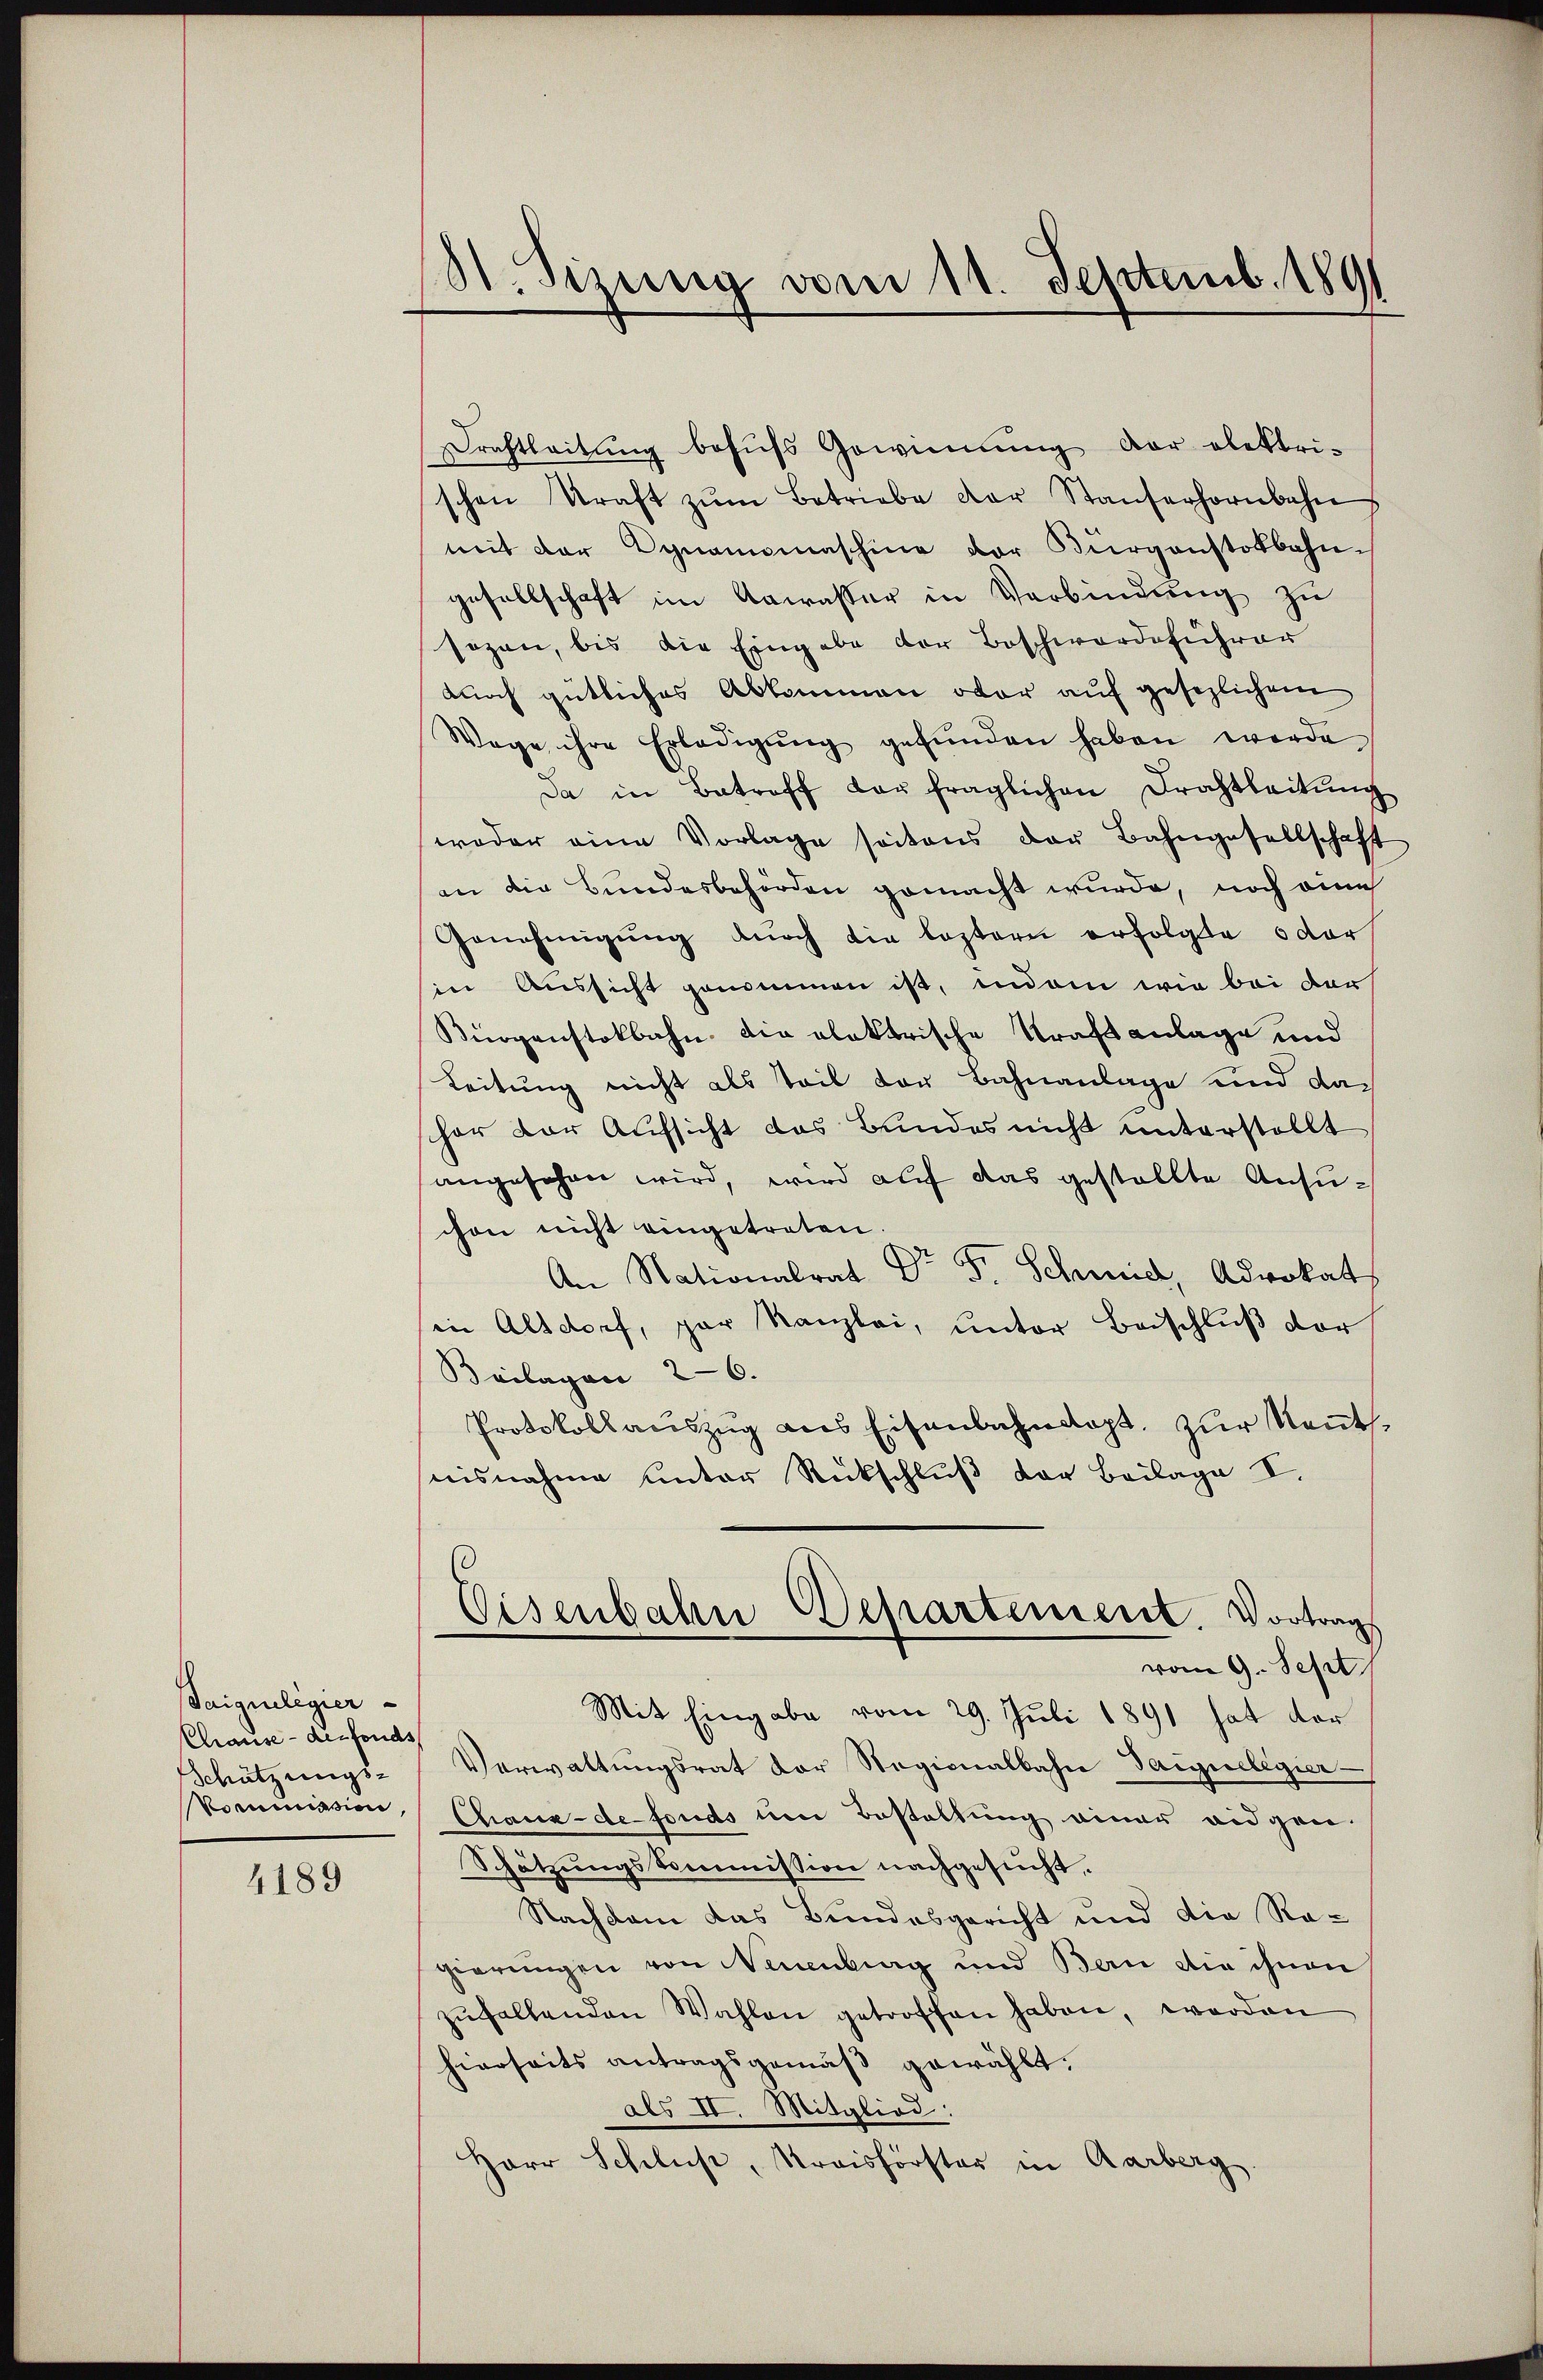
Saigueligier
Chause - des fonds
Schätzungs-
Kommission

4189

8t. Sizung vom 11. Septemb. 1891

Drahtleitŭng behŭfs Gewinnung der elektri-
schen Kraft zŭm Betriebe der Staŭferhornbahn
mit der Dynamimaschine der Bürgenstokbahn-
gesellschaft im Aawasser in Verbindung zu
sozen, bis die Eingabe der Beschwerdeführer
durch gütliches Abkommen oder auf gesezlichem
Wege ihre Erledigŭng gefŭnden haben werde
Da in Betroff der fraglichen Drahtleitŭng
weder eine Vorlage seitens der Bahngesellschaft
an die Bundesbehörden gemacht wurde, noch eine
Genehmigŭng dŭrch die leztern erfolgte oder
in Aussicht genommen ist, indem wir bei der
Bürgenstokbahn die elektrische Krafanlage und
Leitung nicht als Teil der Bahnanlage und daschon der Aufsicht das Bundes nicht unterstellt
angesehen wird, wird auf das gestellte Ansuchon nicht eingetreten
An Nationalrat Dr Fr. Schmid, Advokat
in Altdorf, par Kanzlei, unter Beischluß der
Beilagen 26.
Protokollauszug aus Eisenbahndapt. zur Neutnisnahme unter Rückschluß der Beilage I.
Eisenbahn Departement. Vortrag
vom 9. Sept
Mit Eingabe vom 29. Juli 1891 hat der
Verwaltungsrat der Regionalbahn Tanneligier
Chaux-de fonds um Bestaltung einer eidgen.
Schätzungskommission nachgesucht.
Nachkam das Bundesgericht und die Regierungen von Neuenburg und Bern die ihnen
zŭfallenden Wahlen getroffen haben, worden
hierseits antragsgemäß gewählt.
als II. Mitglied:
Herr Schluß, Kreisforster in Aarberg.